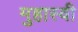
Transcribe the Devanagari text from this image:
मुहास्वी